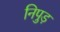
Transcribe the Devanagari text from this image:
निपुड़